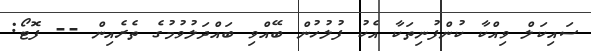
ސައިކަލް ވިއްކާ ކުންފުނިތަކާ އެކު ފުލުހުން ބޭއްވި ބައްދަލުވުމުގެ ތެރެއިން -- ފޮޓޯ: